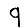
Digit: 9